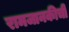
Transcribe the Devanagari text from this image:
रामजानकीची